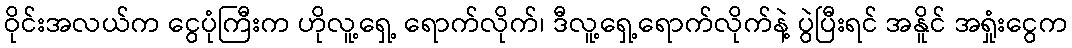
ဝိုင်းအလယ်က ငွေပုံကြီးက ဟိုလူ့ရှေ့ ရောက်လိုက်၊ ဒီလူ့ရှေ့ရောက်လိုက်နဲ့ ပွဲပြီးရင် အနိူင် အရှုံးငွေက